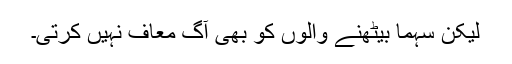
لیکن سہما بیٹھنے والوں کو بھی آگ معاف نہیں کرتی۔